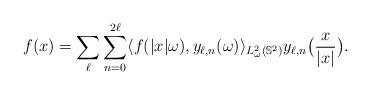
LaTeX: \begin{align*}f(x) = \sum_{\ell}\sum_{n=0}^{2\ell}\langle f(|x|\omega),y_{\ell,n}(\omega)\rangle_{L^2_\omega(\mathbb S^2)}y_{\ell,n}\big(\frac{x}{|x|}\big).\end{align*}